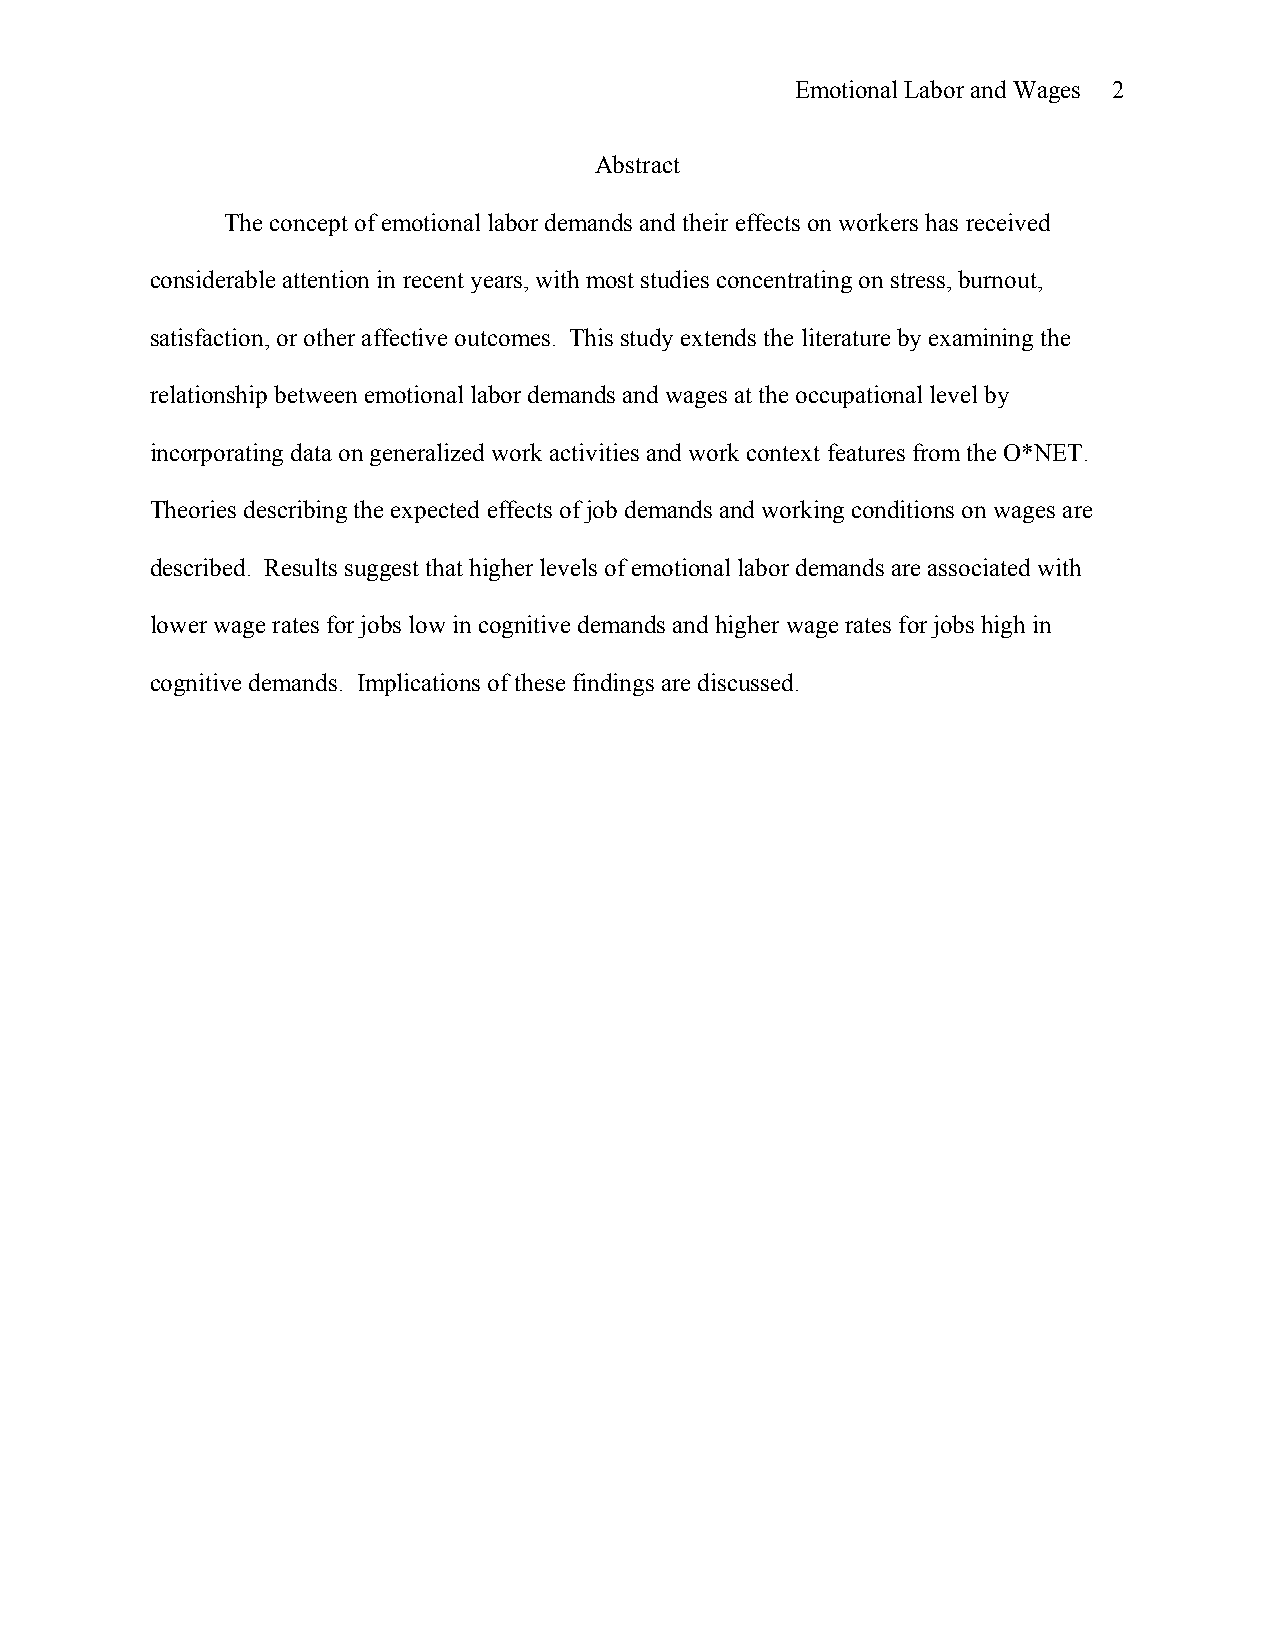
Emotional Labor and Wages 2
 Abstract
 The concept of emotional labor demands and their effects on workers has received
 considerable attention in recent years, with most studies concentrating on stress, burnout,
 satisfaction, or other affective outcomes. This study extends the literature by examining the
 relationship between emotional labor demands and wages at the occupational level by
 incorporating data on generalized work activities and work context features from the O*NET.
 Theories describing the expected effects of job demands and working conditions on wages are
 described. Results suggest that higher levels of emotional labor demands are associated with
 lower wage rates for jobs low in cognitive demands and higher wage rates for jobs high in
 cognitive demands. Implications of these findings are discussed.